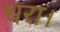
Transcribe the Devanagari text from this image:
धरा।